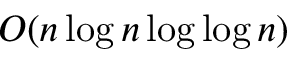
O ( n \log n \log \log n )